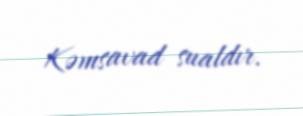
Kəmsavad sualdır.